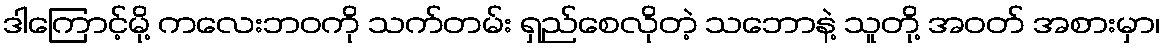
ဒါကြောင့်မို့ ကလေးဘဝကို သက်တမ်း ရှည်စေလိုတဲ့ သဘောနဲ့ သူတို့ အဝတ် အစားမှာ၊